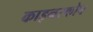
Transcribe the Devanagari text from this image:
काइनस्कोप